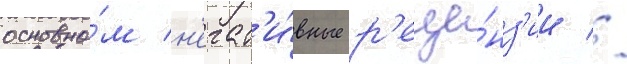
основно́м н'егат'и́вные р'еце́нз'ии //